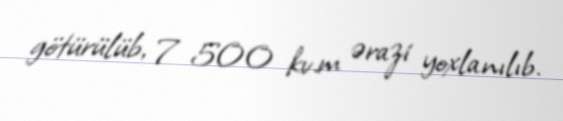
götürülüb, 7 500 kv.m ərazi yoxlanılıb.